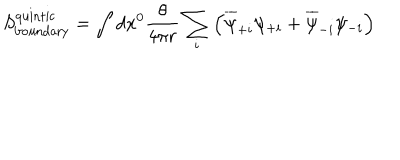
S _ { \mathrm { b o u n d a r y } } ^ { \mathrm { q u i n t i c } } = \int d x ^ { 0 } \frac { \theta } { 4 \pi r } \sum _ { i } \left( \overline { { { \psi } } } _ { + i } \psi _ { + i } + \overline { { { \psi } } } _ { - i } \psi _ { - i } \right)